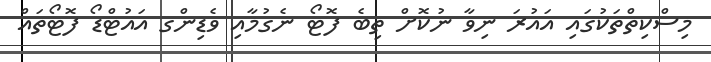
މިސްކިތްތަކުގައި އައުރަ ނިވާ ނުކޮށް ތިބެ ފޮޓޯ ނެގުމާއި ވެޑިންގ އައުޓްޑޯ ފޮޓޯތައް